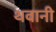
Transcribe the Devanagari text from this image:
थवानी